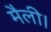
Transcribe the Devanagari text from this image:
मैली।